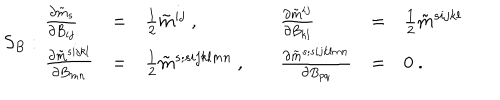
LaTeX: S _ { B } : \begin{array} { l l l l l l } { { \frac { \partial \tilde { m } _ { s } } { \partial B _ { i j } } } } & { { = } } & { { \frac { 1 } { 2 } \tilde { m } ^ { i j } \ , \quad } } & { { \frac { \partial \tilde { m } ^ { i j } } { \partial B _ { k l } } } } & { { = } } & { { \frac { 1 } { 2 } \tilde { m } ^ { s i j k l } \ \quad } } \\ { { \frac { \partial \tilde { m } ^ { s i j k l } } { \partial B _ { m n } } } } & { { = } } & { { \frac { 1 } { 2 } \tilde { m } ^ { s ; s i j k l m n } \ , \quad } } & { { \frac { \partial \tilde { m } ^ { s ; s i j k l m n } } { \partial B _ { p q } } } } & { { = } } & { { 0 \ . } } \\ \end{array}